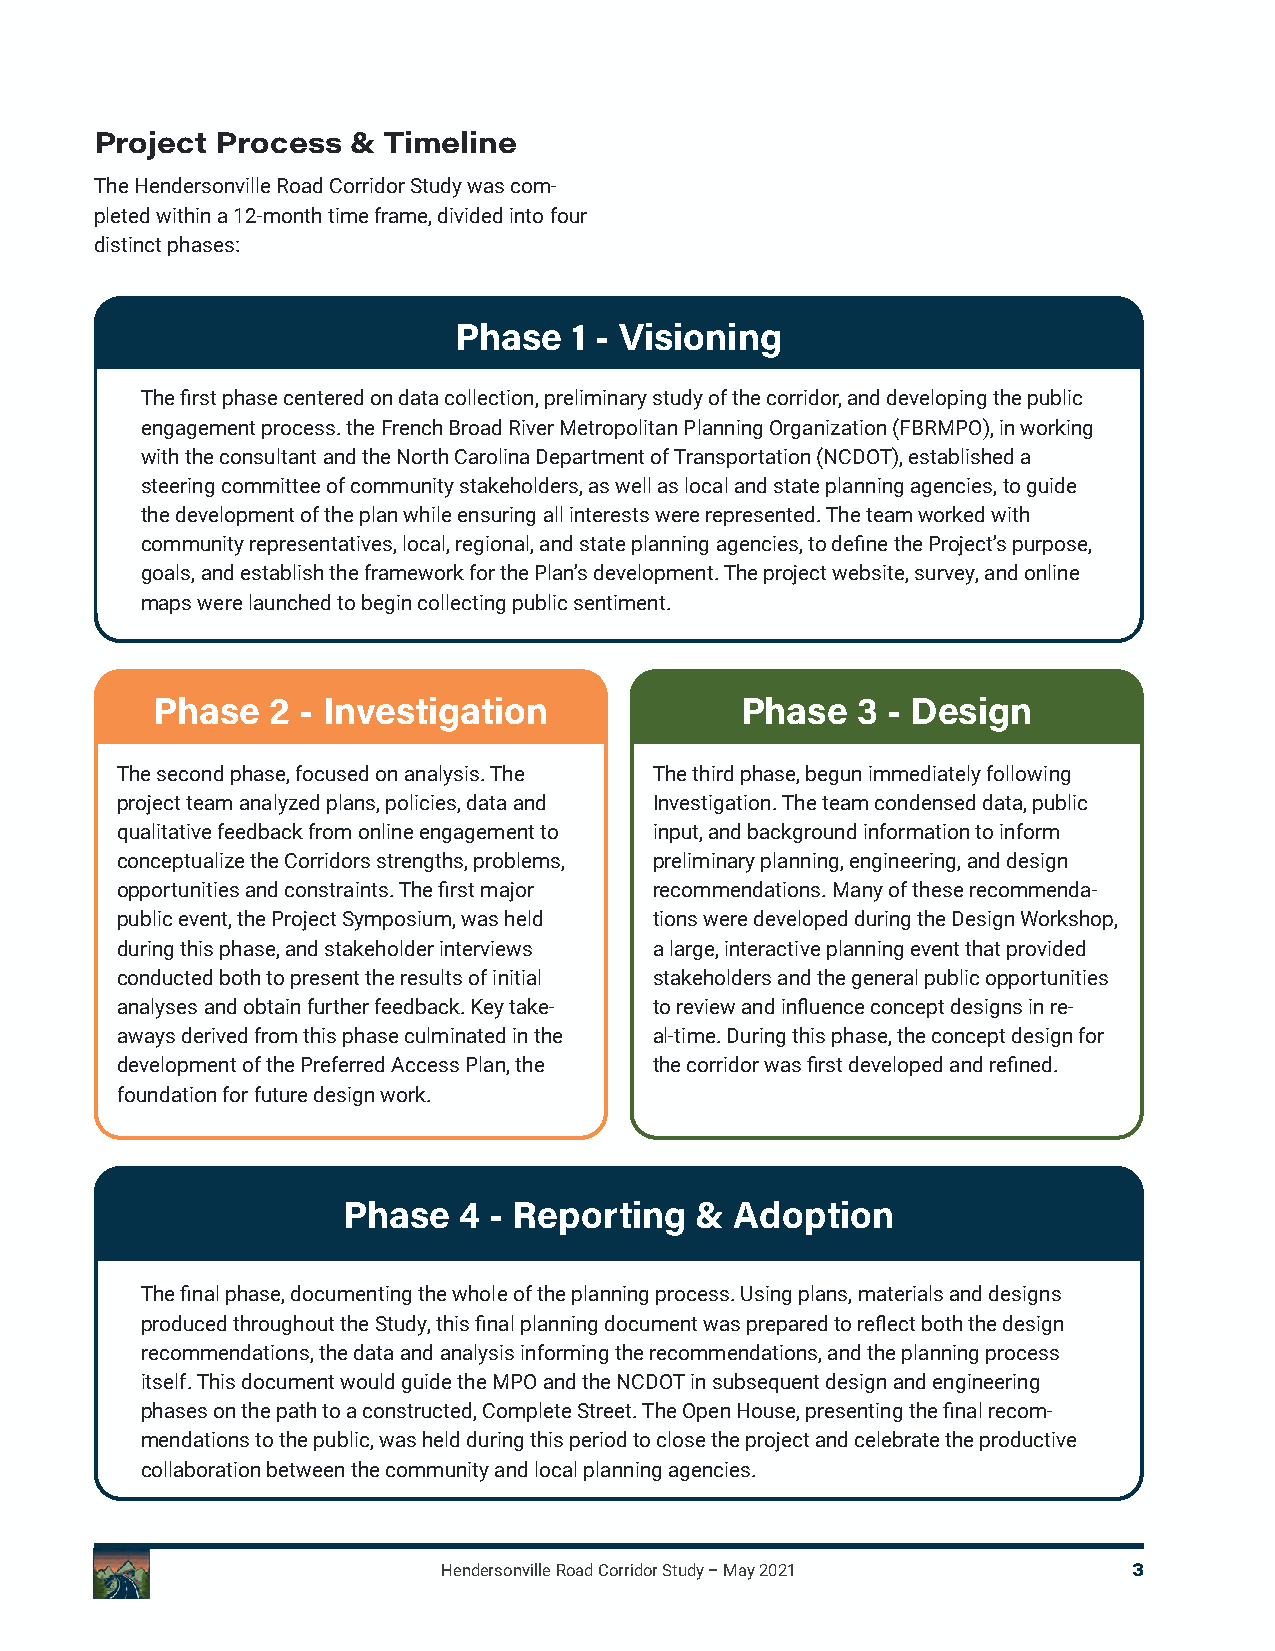
Project Process  & Timeline
 The Hendersonville Road Corridor Study was com-
 pleted within a 12-month time frame, divided into four
 distinct phases:
 Phase   1 - Visioning
 The first phase centered on data collection, preliminary study of the corridor, and developing the public
 engagement process. the French Broad River Metropolitan Planning Organization (FBRMPO), in working
 with the consultant and the North Carolina Department of Transportation (NCDOT), established a
 steering committee of community stakeholders, as well as local and state planning agencies, to guide
 the development of the plan while ensuring all interests were represented. The team worked with
 community representatives, local, regional, and state planning agencies, to define the Project’s purpose,
 goals, and establish the framework for the Plan’s development. The project website, survey, and online
 maps were launched to begin collecting public sentiment.
 Phase   2 - Investigation              Phase   3 - design
 The second phase, focused on analysis. The The third phase, begun immediately following
 project team analyzed plans, policies, data and Investigation. The team condensed data, public
 qualitative feedback from online engagement to input, and background information to inform
 conceptualize the Corridors strengths, problems, preliminary planning, engineering, and design
 opportunities and constraints. The first major recommendations. Many of these recommenda-
 public event, the Project Symposium, was held tions were developed during the Design Workshop,
 during this phase, and stakeholder interviews a large, interactive planning event that provided
 conducted both to present the results of initial stakeholders and the general public opportunities
 analyses and obtain further feedback. Key take- to review and influence concept designs in re-
 aways derived from this phase culminated in the al-time. During this phase, the concept design for
 development of the Preferred Access Plan, the the corridor was first developed and refined.
 foundation for future design work.
 Phase  4 - Reporting   &  Adoption
 The final phase, documenting the whole of the planning process. Using plans, materials and designs
 produced throughout the Study, this final planning document was prepared to reflect both the design
 recommendations, the data and analysis informing the recommendations, and the planning process
 itself. This document would guide the MPO and the NCDOT in subsequent design and engineering
 phases on the path to a constructed, Complete Street. The Open House, presenting the final recom-
 mendations to the public, was held during this period to close the project and celebrate the productive
 collaboration between the community and local planning agencies.
 Hendersonville Road Corridor Study – May 2021 3